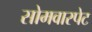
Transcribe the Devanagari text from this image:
सोमवारपेट